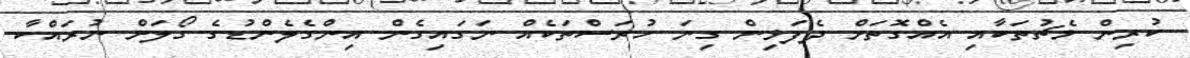
ކުރިން މެޗުތަކާއި އެއްގޮތަށް ދެފަޅިން ގިނަ ހުރަސްތަކެއް ނަގައިގެން އިންގެލެންޑުގެ ގޯލަށް ނުރައްކާ